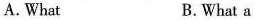
A.What B.What a